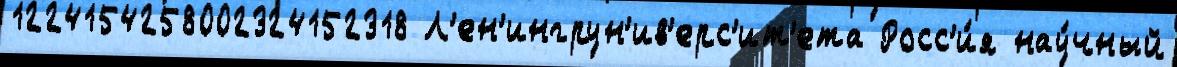
1224154258002324152318 Л'ен'ингрун'ив'ерс'ит'ета Росс'и́я нау́чный